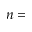
n =